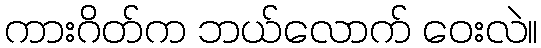
ကားဂိတ်က ဘယ်လောက် ဝေးလဲ။